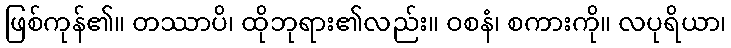
ဖြစ်ကုန်၏။ တဿာပိ၊ ထိုဘုရား၏လည်း။ ဝစနံ၊ စကားကို။ လပုရိယာ၊